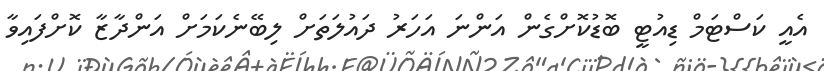
އެއީ ކަސްޓަމް ޑިއުޓީ ބޮޑުކޮށްގެން އަންނަ އަހަރު ދައުލަތަށް ލިބޭނެކަމަށް އަންދާޒާ ކޮށްފައިވާ